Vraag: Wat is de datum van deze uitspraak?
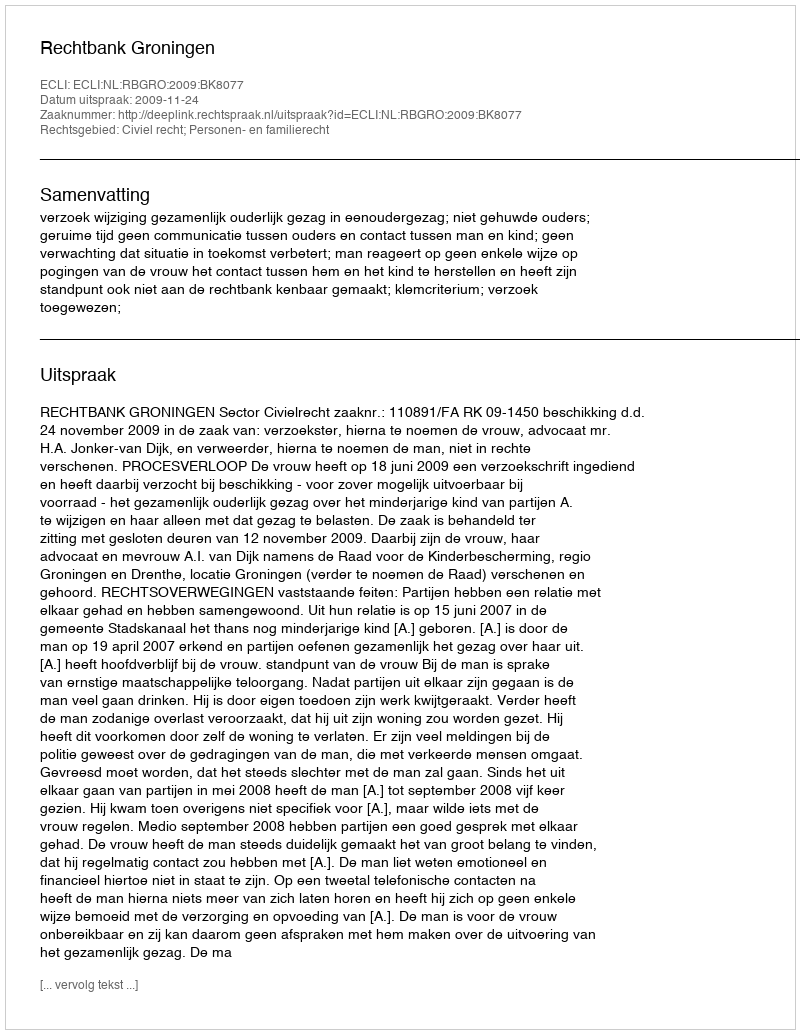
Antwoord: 2009-11-24